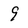
Character: 9